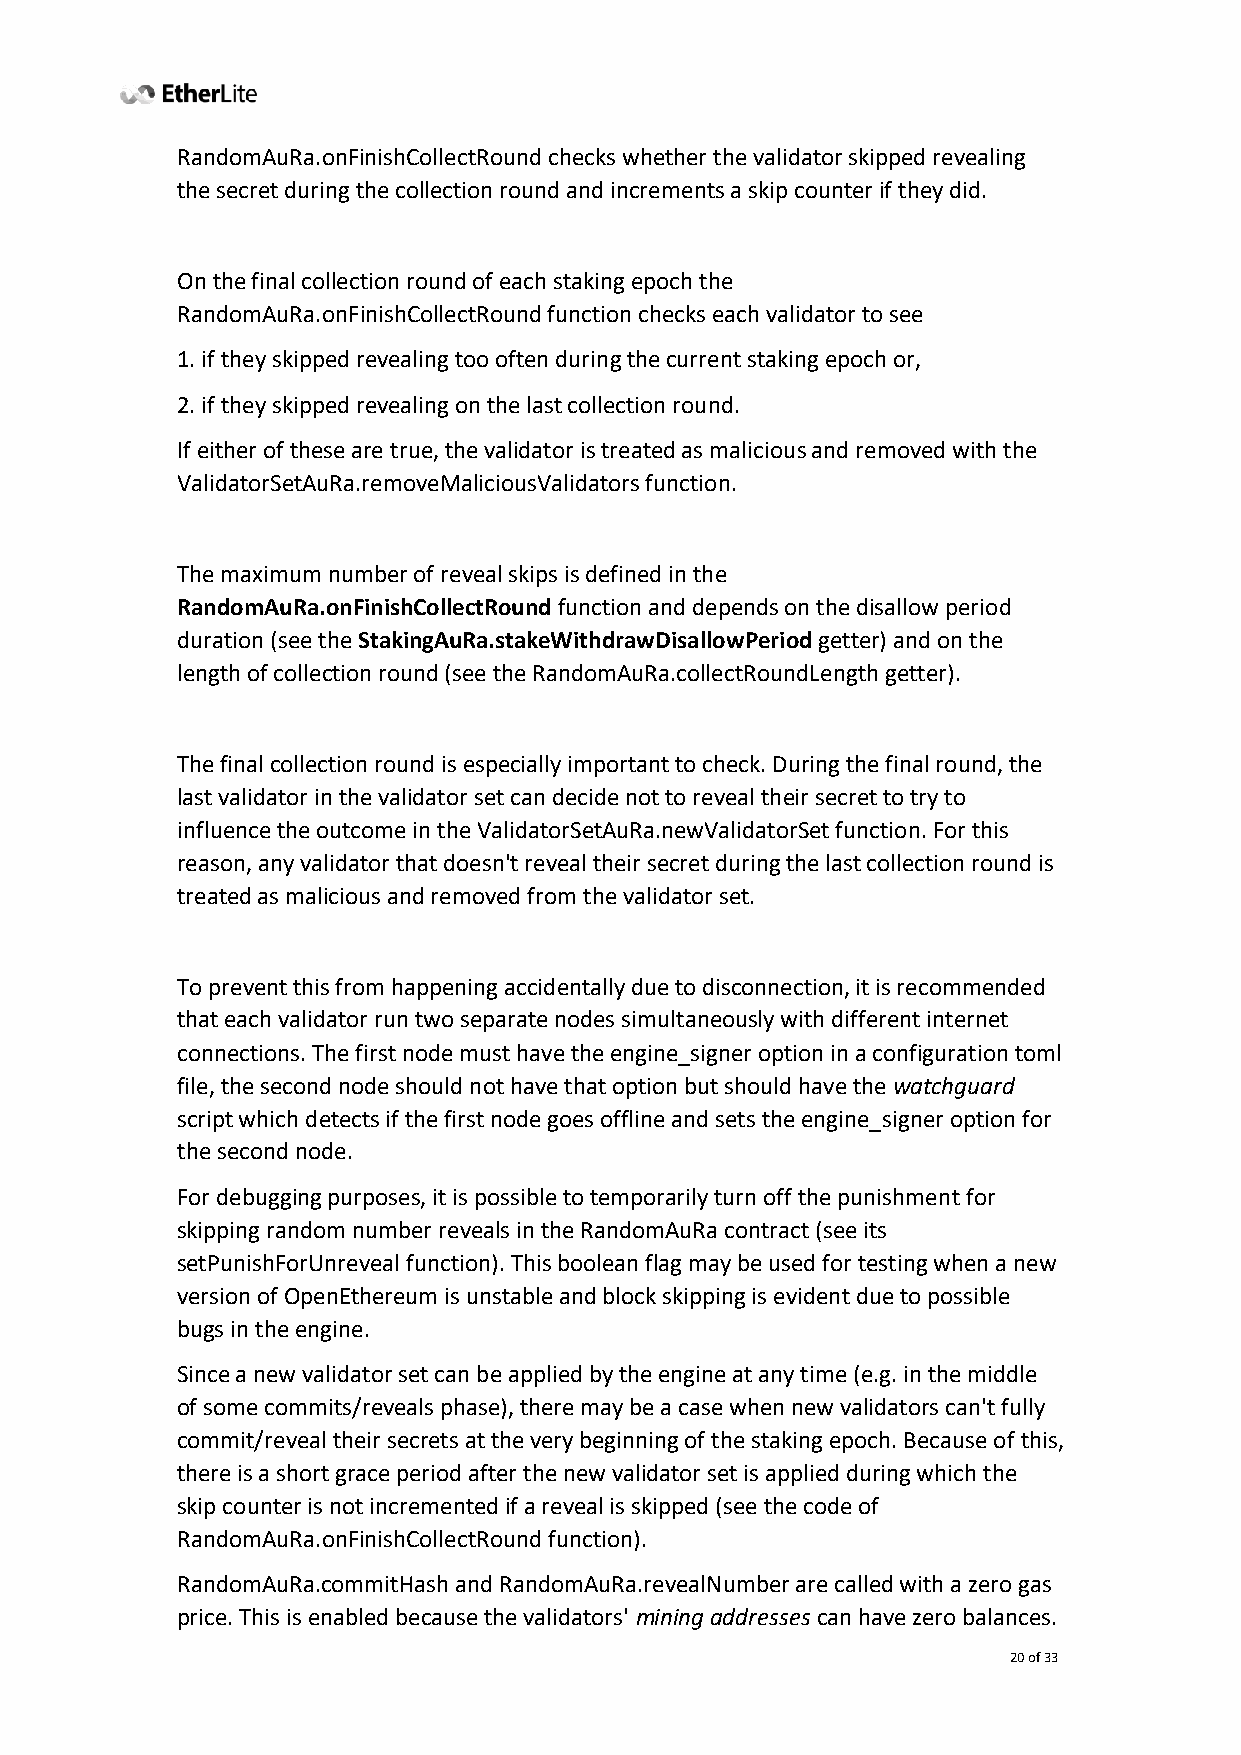
RandomAuRa.onFinishCollectRound checks whether the validator skipped revealing
 the secret during the collection round and increments a skip counter if they did.
 On the final collection round of each staking epoch the
 RandomAuRa.onFinishCollectRound function checks each validator to see
 1. if they skipped revealing too often during the current staking epoch or,
 2. if they skipped revealing on the last collection round.
 If either of these are true, the validator is treated as malicious and removed with the
 ValidatorSetAuRa.removeMaliciousValidators function.
 The maximum number of reveal skips is defined in the
 RandomAuRa.onFinishCollectRound function and depends on the disallow period
 duration (see the StakingAuRa.stakeWithdrawDisallowPeriod getter) and on the
 length of collection round (see the RandomAuRa.collectRoundLength getter).
 The final collection round is especially important to check. During the final round, the
 last validator in the validator set can decide not to reveal their secret to try to
 influence the outcome in the ValidatorSetAuRa.newValidatorSet function. For this
 reason, any validator that doesn't reveal their secret during the last collection round is
 treated as malicious and removed from the validator set.
 To prevent this from happening accidentally due to disconnection, it is recommended
 that each validator run two separate nodes simultaneously with different internet
 connections. The first node must have the engine_signer option in a configuration toml
 file, the second node should not have that option but should have the watchguard
 script which detects if the first node goes offline and sets the engine_signer option for
 the second node.
 For debugging purposes, it is possible to temporarily turn off the punishment for
 skipping random number reveals in the RandomAuRa contract (see its
 setPunishForUnreveal function). This boolean flag may be used for testing when a new
 version of OpenEthereum is unstable and block skipping is evident due to possible
 bugs in the engine.
 Since a new validator set can be applied by the engine at any time (e.g. in the middle
 of some commits/reveals phase), there may be a case when new validators can't fully
 commit/reveal their secrets at the very beginning of the staking epoch. Because of this,
 there is a short grace period after the new validator set is applied during which the
 skip counter is not incremented if a reveal is skipped (see the code of
 RandomAuRa.onFinishCollectRound function).
 RandomAuRa.commitHash and RandomAuRa.revealNumber are called with a zero gas
 price. This is enabled because the validators' mining addresses can have zero balances.
 20 of 33